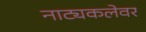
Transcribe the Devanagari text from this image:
नाट्यकलेवर